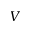
V